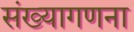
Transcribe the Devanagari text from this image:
संख्यागणना